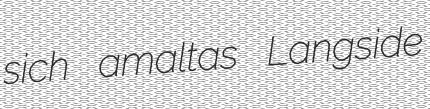
sich amaltas Langside